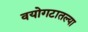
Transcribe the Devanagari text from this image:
वयोगटातल्या